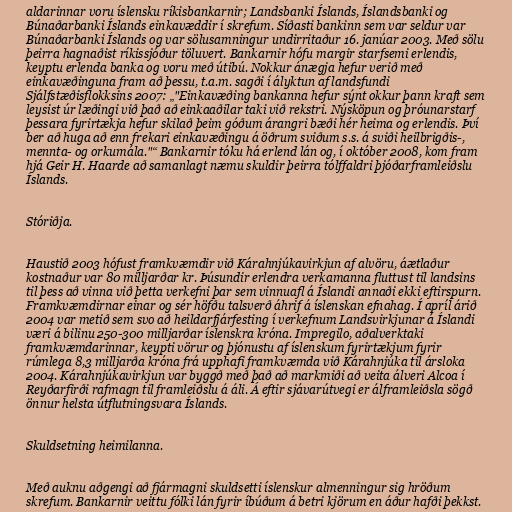
aldarinnar voru íslensku ríkisbankarnir; Landsbanki Íslands, Íslandsbanki og
Búnaðarbanki Íslands einkavæddir í skrefum. Síðasti bankinn sem var seldur var
Búnaðarbanki Íslands og var sölusamningur undirritaður 16. janúar 2003. Með sölu
þeirra hagnaðist ríkissjóður töluvert. Bankarnir hófu margir starfsemi erlendis,
keyptu erlenda banka og voru með útibú. Nokkur ánægja hefur verið með
einkavæðinguna fram að þessu, t.a.m. sagði í ályktun af landsfundi
Sjálfstæðisflokksins 2007: „"Einkavæðing bankanna hefur sýnt okkur þann kraft sem
leysist úr læðingi við það að einkaaðilar taki við rekstri. Nýsköpun og þróunarstarf
þessara fyrirtækja hefur skilað þeim góðum árangri bæði hér heima og erlendis. Því
ber að huga að enn frekari einkavæðingu á öðrum sviðum s.s. á sviði heilbrigðis-,
mennta- og orkumála."“ Bankarnir tóku há erlend lán og, í október 2008, kom fram
hjá Geir H. Haarde að samanlagt næmu skuldir þeirra tólffaldri þjóðarframleiðslu
Íslands.

Stóriðja.

Haustið 2003 hófust framkvæmdir við Kárahnjúkavirkjun af alvöru, áætlaður
kostnaður var 80 milljarðar kr. Þúsundir erlendra verkamanna fluttust til landsins
til þess að vinna við þetta verkefni þar sem vinnuafl á Íslandi annaði ekki eftirspurn.
Framkvæmdirnar einar og sér höfðu talsverð áhrif á íslenskan efnahag. Í apríl árið
2004 var metið sem svo að heildarfjárfesting í verkefnum Landsvirkjunar á Íslandi
væri á bilinu 250-300 milljarðar íslenskra króna. Impregilo, aðalverktaki
framkvæmdarinnar, keypti vörur og þjónustu af íslenskum fyrirtækjum fyrir
rúmlega 8,3 milljarða króna frá upphafi framkvæmda við Kárahnjúka til ársloka
2004. Kárahnjúkavirkjun var byggð með það að markmiði að veita álveri Alcoa í
Reyðarfirði rafmagn til framleiðslu á áli. Á eftir sjávarútvegi er álframleiðsla sögð
önnur helsta útflutningsvara Íslands.

Skuldsetning heimilanna.

Með auknu aðgengi að fjármagni skuldsetti íslenskur almenningur sig hröðum
skrefum. Bankarnir veittu fólki lán fyrir íbúðum á betri kjörum en áður hafði þekkst.